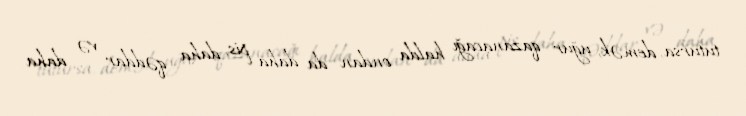
tutursa, demək, uğur qazanacağı halda ondan da daha pis, daha qəddar və daha